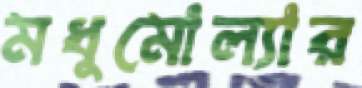
মধুমোল্যার